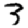
Digit: 3